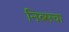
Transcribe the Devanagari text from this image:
निब्सचा